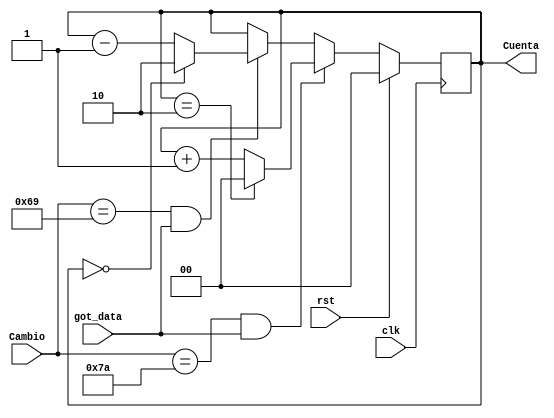
module Contador_ID(
    input rst,
    input [7:0] Cambio,
	 input got_data,
    input clk,
    output reg [(N-1):0] Cuenta
    );
	
	 
	 parameter N = 2;
	 parameter X = 2;

    always @(posedge clk)
       if (rst)
         Cuenta <= 0;
       else if (Cambio == 8'h7A && got_data)
				  begin
				     if (Cuenta == X)
						   Cuenta <= 0;
					  else 
						   Cuenta <= Cuenta + 1'd1;
				  end
				else if (Cambio == 8'h69 && got_data)
					  begin
				        if (Cuenta == 0)
						     Cuenta <= X;
					     else 
						     Cuenta <= Cuenta - 1'd1;
				     end
					  else 
					     Cuenta <= Cuenta;
endmodule